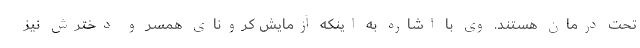
تحت درمان هستند. وی با اشاره به اینکه آزمایش کرونای همسر و دخترش نیز